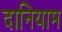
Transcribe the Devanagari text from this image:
दानियाम